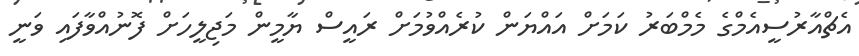
އެޗްއާރުސީއެމްގެ މެމްބަރު ކަމަށް އައްޔަން ކުރެއްވުމަށް ރައީސް ޔާމީން މަޖިލީހަށް ފޮނުއްވާފައި ވަނީ